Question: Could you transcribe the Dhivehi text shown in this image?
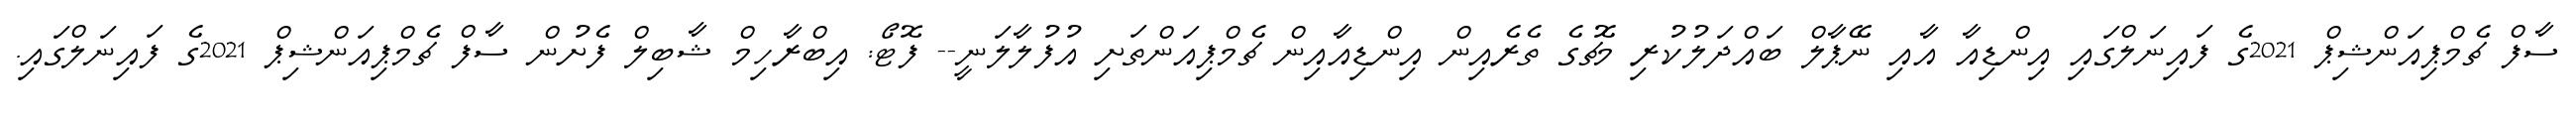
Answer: ސާފް ޗެމްޕިއަންޝިޕް 2021ގެ ފައިނަލްގައި އިންޑިއާ އާއި ނޭޕާލް ބައްދަލުކުރި މެޗުގެ ތެރެއިން އިންޑިއާއިން ޗެމްޕިއަންތަށި އުފުލާލަނީ-- ފޮޓޯ: އިބްރާހިމް ޝާބިލް ފެށުން ސާފް ޗެމްޕިއަންޝިޕް 2021ގެ ފައިނަލްގައި.